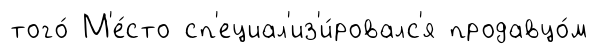
того́ М'е́сто сп'ециал'из'и́ровалс'я продавцо́м